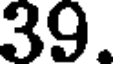
39.